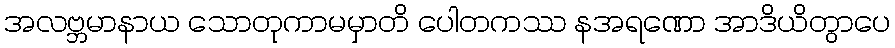
အလဗ္ဘမာနာယ သောတုကာမမှာတိ ပေါတကဿ နအရဏော အာဒိယိတွာပေ